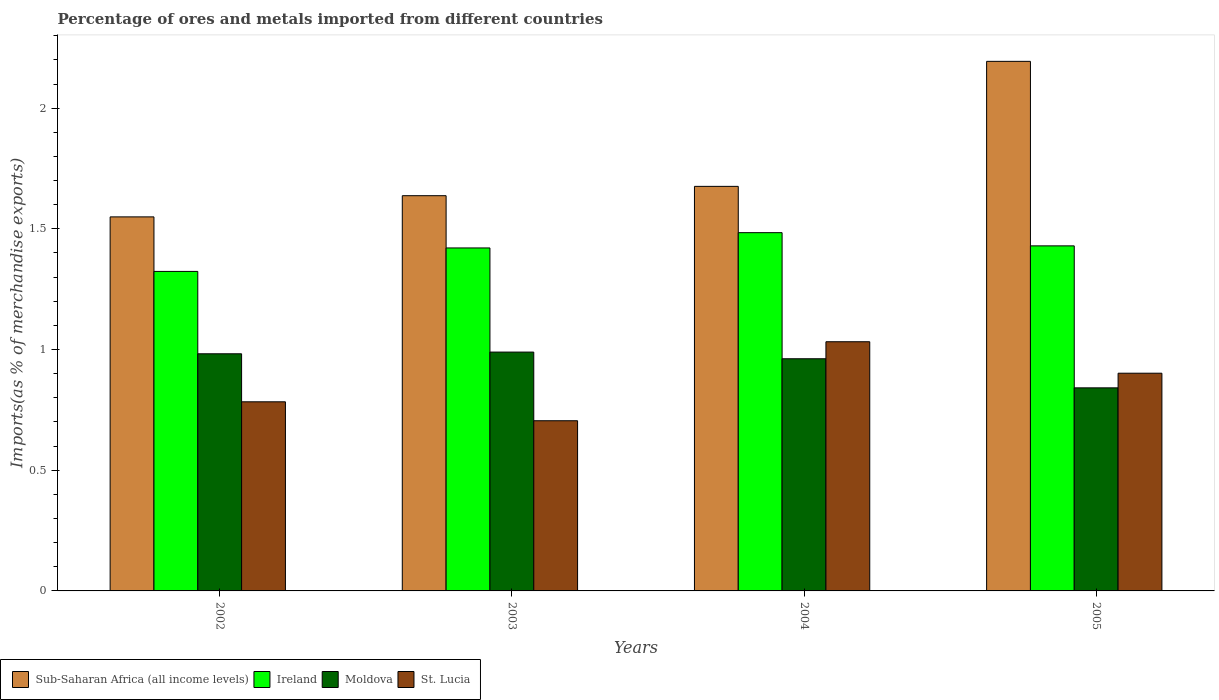
| Years | Sub-Saharan Africa (all income levels) | Ireland | Moldova | St. Lucia |
 | --- | --- | --- | --- | --- |
 | 2002 | 1.55 | 1.32 | 0.982 | 0.783 |
 | 2003 | 1.64 | 1.42 | 0.989 | 0.705 |
 | 2004 | 1.68 | 1.48 | 0.962 | 1.03 |
 | 2005 | 2.19 | 1.43 | 0.841 | 0.902 |